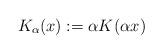
LaTeX: \begin{align*} K_\alpha(x) := \alpha K (\alpha x)\end{align*}